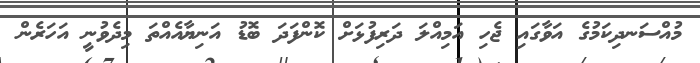
މުއްސަނދިކަމުގެ އަވާގައި ޖެހި އަމިއްލަ ދަރިފުޅަށް ކޮންފަދަ ބޮޑު އަނިޔާއެއްތަ މިދެވުނީ އަހަރެން